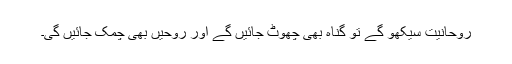
روحانیت سیکھو گے تو گناہ بھی چھوٹ جائیں گے اور روحیں بھی چمک جائیں گی۔